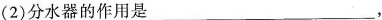
(2)分水器的作用是___，